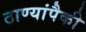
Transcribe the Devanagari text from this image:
ठाण्यांपैकी